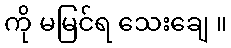
ကို မမြင်ရ သေးချေ ။